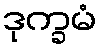
ဒုက္ခမံ